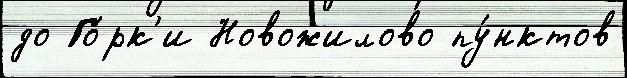
до Го́рк'и Новожилово пу́нктов